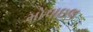
મોપાઇલ